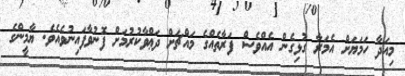
މިއަދާ ހަމަޔަށް އެމަރާ ގުޅިގެން އެއްވެސް ފަރާތެއްގެ މައްޗަށް ދަޢްވާކުރުމަށް ފޮނުވާފައިނުވެއެވެ. ޔާމީންގެ